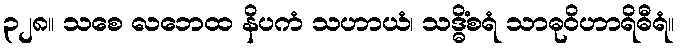
၃၂၈။ သစေ လဘေထ နိပကံ သဟာယံ၊ သဒ္ဓိံစရံ သာဓုဝိဟာရိဓီရံ။